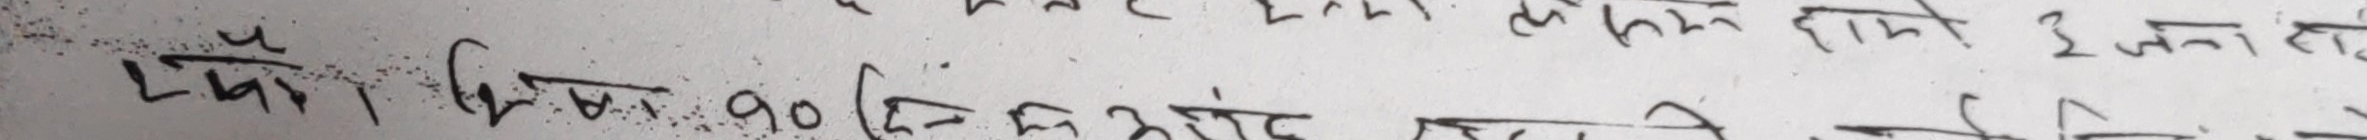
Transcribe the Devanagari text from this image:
म्याक अम्बर दरशामा हो त पनि हामी इ जना हो।
प्वाँक किन प ९० दिन को अंदर भित्र नै फिर्ता गर्ने छो।